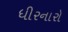
ધીરનારો